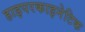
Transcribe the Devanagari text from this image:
हाइपरकाइनेटिक